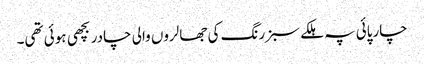
چارپائی پہ ہلکے سبز رنگ کی جھالروں والی چادر بچھی ہوئی تھی۔